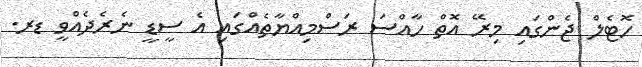
ހޮޓެލް ޖެންގައި މިރޭ އޮތް ހާއްސަ ރަސްމިއްޔާތެއްގައި އެ ސީޑީ ނެރެދެއްވީ ޑރ.